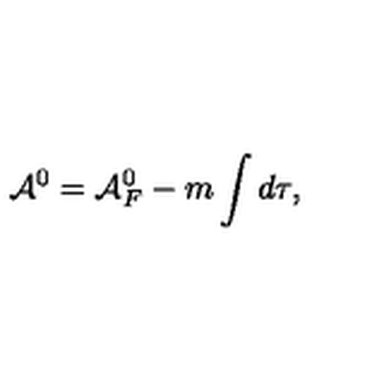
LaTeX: { \cal A } ^ { 0 } = { \cal A } _ { F } ^ { 0 } - m \int d \tau ,